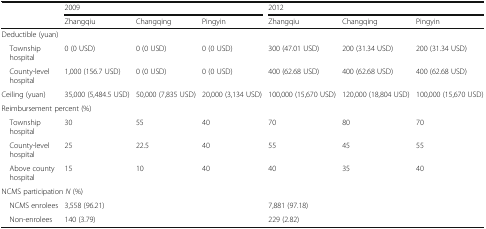
<table><thead><tr><td rowspan="2"></td><td colspan="3"><b>2009</b></td><td colspan="3"><b>2012</b></td></tr><tr><td><b>Zhangqiu</b></td><td><b>Changqing</b></td><td><b>Pingyin</b></td><td><b>Zhangqiu</b></td><td><b>Changqing</b></td><td><b>Pingyin</b></td></tr></thead><tbody><tr><td colspan="7">Deductible (yuan)</td></tr><tr><td> Township hospital</td><td>0 (0 USD)</td><td>0 (0 USD)</td><td>0 (0 USD)</td><td>300 (47.01 USD)</td><td>200 (31.34 USD)</td><td>200 (31.34 USD)</td></tr><tr><td> County-level hospital</td><td>1,000 (156.7 USD)</td><td>0 (0 USD)</td><td>0 (0 USD)</td><td>400 (62.68 USD)</td><td>400 (62.68 USD)</td><td>400 (62.68 USD)</td></tr><tr><td>Ceiling (yuan)</td><td>35,000 (5,484.5 USD)</td><td>50,000 (7,835 USD)</td><td>20,000 (3,134 USD)</td><td>100,000 (15,670 USD)</td><td>120,000 (18,804 USD)</td><td>100,000 (15,670 USD)</td></tr><tr><td colspan="7">Reimbursement percent (%)</td></tr><tr><td> Township hospital</td><td>30</td><td>55</td><td>40</td><td>70</td><td>80</td><td>70</td></tr><tr><td> County-level hospital</td><td>25</td><td>22.5</td><td>40</td><td>55</td><td>45</td><td>55</td></tr><tr><td> Above county hospital</td><td>15</td><td>10</td><td>40</td><td>40</td><td>35</td><td>40</td></tr><tr><td colspan="7">NCMS participation <i>N</i> (%)</td></tr><tr><td> NCMS enrolees</td><td colspan="3">3,558 (96.21)</td><td colspan="3">7,881 (97.18)</td></tr><tr><td> Non-enrolees</td><td colspan="3">140 (3.79)</td><td colspan="3">229 (2.82)</td></tr></tbody></table>